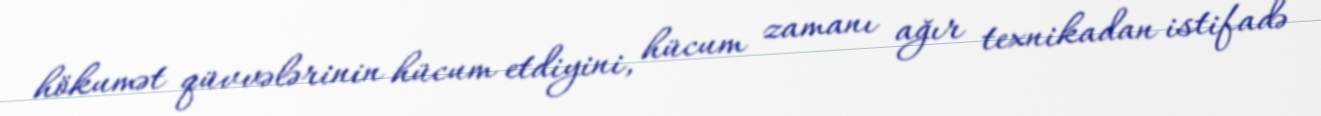
hökumət qüvvələrinin hücum etdiyini, hücum zamanı ağır texnikadan istifadə